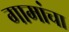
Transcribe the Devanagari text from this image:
गामांचा